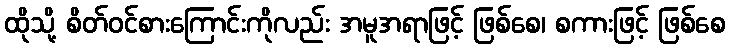
ထိုသို့ စိတ်ဝင်စားကြောင်းကိုလည်း အမူအရာဖြင့် ဖြစ်စေ၊ စကားဖြင့် ဖြစ်စေ